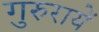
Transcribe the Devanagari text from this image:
गुरुरायें